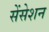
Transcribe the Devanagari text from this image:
सेंसेशन